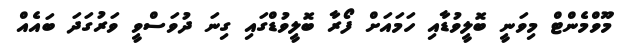
މޫވްމެންޓް މިވަނީ ބޮލީވުޑާއި ހަމައަށް ފޯރާ ބޮލީވުޑްގައި ގިނަ ދުވަސްވީ ވަރުގަދަ ބައެއް